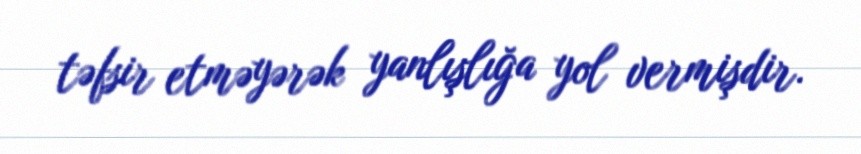
təfsir etməyərək yanlışlığa yol vermişdir.